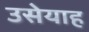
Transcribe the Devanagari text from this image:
उसेयाह